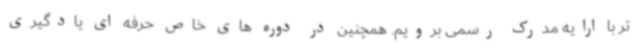
تر با ارایه مدرک رسمی برویم. همچنین در دوره های خاص حرفه ای یادگیری